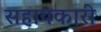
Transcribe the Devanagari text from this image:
सहायकारी